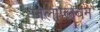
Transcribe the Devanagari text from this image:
जलाप्लवन